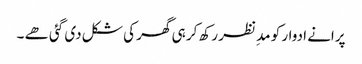
پرانے ادوار کو مدِ نظر رکھ کر ہی گھر کی شکل دی گئی ھے ۔